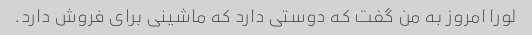
لورا امروز به من گفت که دوستی دارد که ماشینی برای فروش دارد.